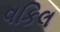
વકિલ